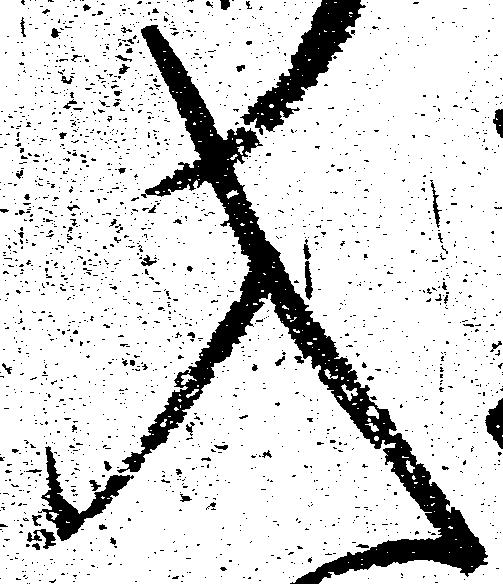
入